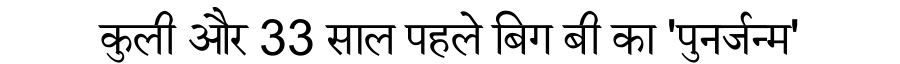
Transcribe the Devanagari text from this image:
कुली और 33 साल पहले बिग बी का 'पुनर्जन्म'